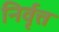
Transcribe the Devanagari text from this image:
निर्वृत्त